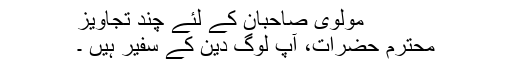
مولوی صاحبان کے لئے چند تجاویز
محترم حضرات، آپ لوگ دین کے سفیر ہیں ۔